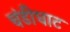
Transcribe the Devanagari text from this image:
चंडीघाट